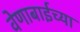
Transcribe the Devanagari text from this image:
वेणाबाईच्या